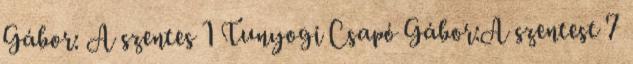
Gábor: A szentes 1 Tunyogi Csapó Gábor:A szentest 7